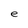
Character: e